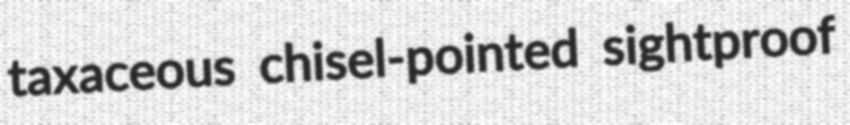
taxaceous chisel-pointed sightproof